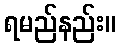
ရမည်နည်း။